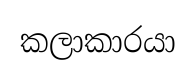
කලාකාරයා